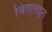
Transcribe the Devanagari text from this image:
चितालद्रुग